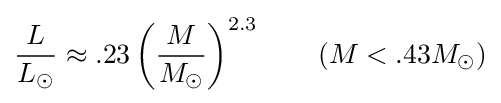
{\frac {L}{L_{\odot }}}\approx .23\left({\frac {M}{M_{\odot }}}\right)^{2.3}\qquad (M<.43M_{\odot })